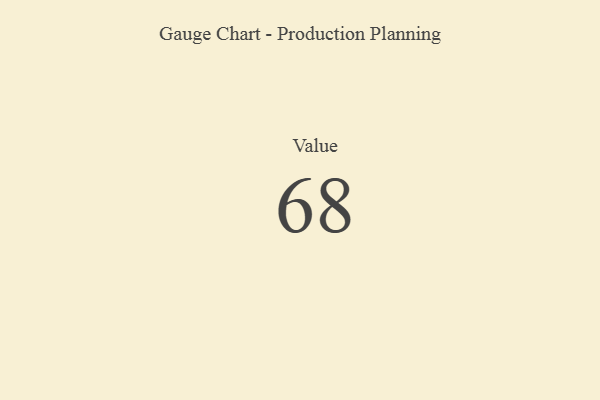
{"axis": {"x": "Metric", "y": "Value"}, "legend": [""], "data": [{"x": "Value", "y": 68, "type": ""}]}